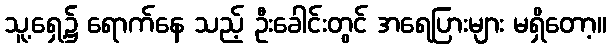
သူ့ရှေ့၌ ရောက်နေ သည့် ဦးခေါင်းတွင် အရေပြားများ မရှိတော့။